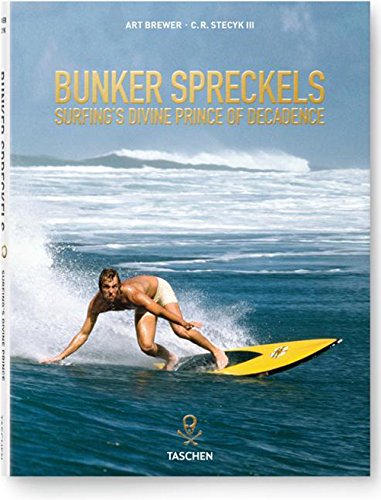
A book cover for Bunker Spreckels: Surfing's Divine Prince of Decadence; C.R. Stecyk; Arts & Photography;